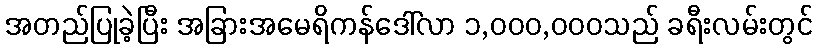
အတည်ပြုခဲ့ပြီး အခြားအမေရိကန်ဒေါ်လာ ၁,၀၀၀,၀၀၀သည် ခရီးလမ်းတွင်